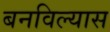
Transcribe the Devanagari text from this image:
बनविल्यास